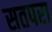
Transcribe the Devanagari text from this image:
सतपरा